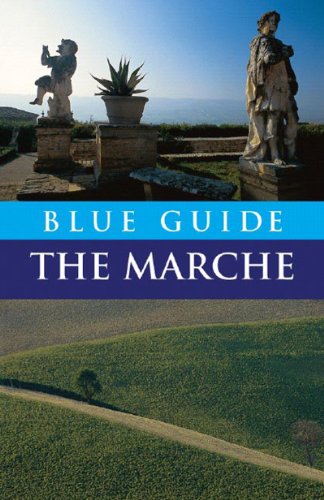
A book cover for Blue Guide The Marche (Blue Guides); Ellen Grady; Travel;